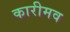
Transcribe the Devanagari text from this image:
कारीमव